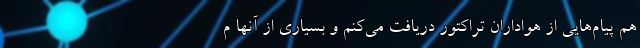
هم پیام‌هایی از هواداران تراکتور دریافت می‌کنم و بسیاری از آنها م